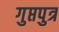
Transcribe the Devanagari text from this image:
गुप्तपुत्र